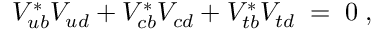
V _ { u b } ^ { * } V _ { u d } + V _ { c b } ^ { * } V _ { c d } + V _ { t b } ^ { * } V _ { t d } \; = \; 0 \; ,